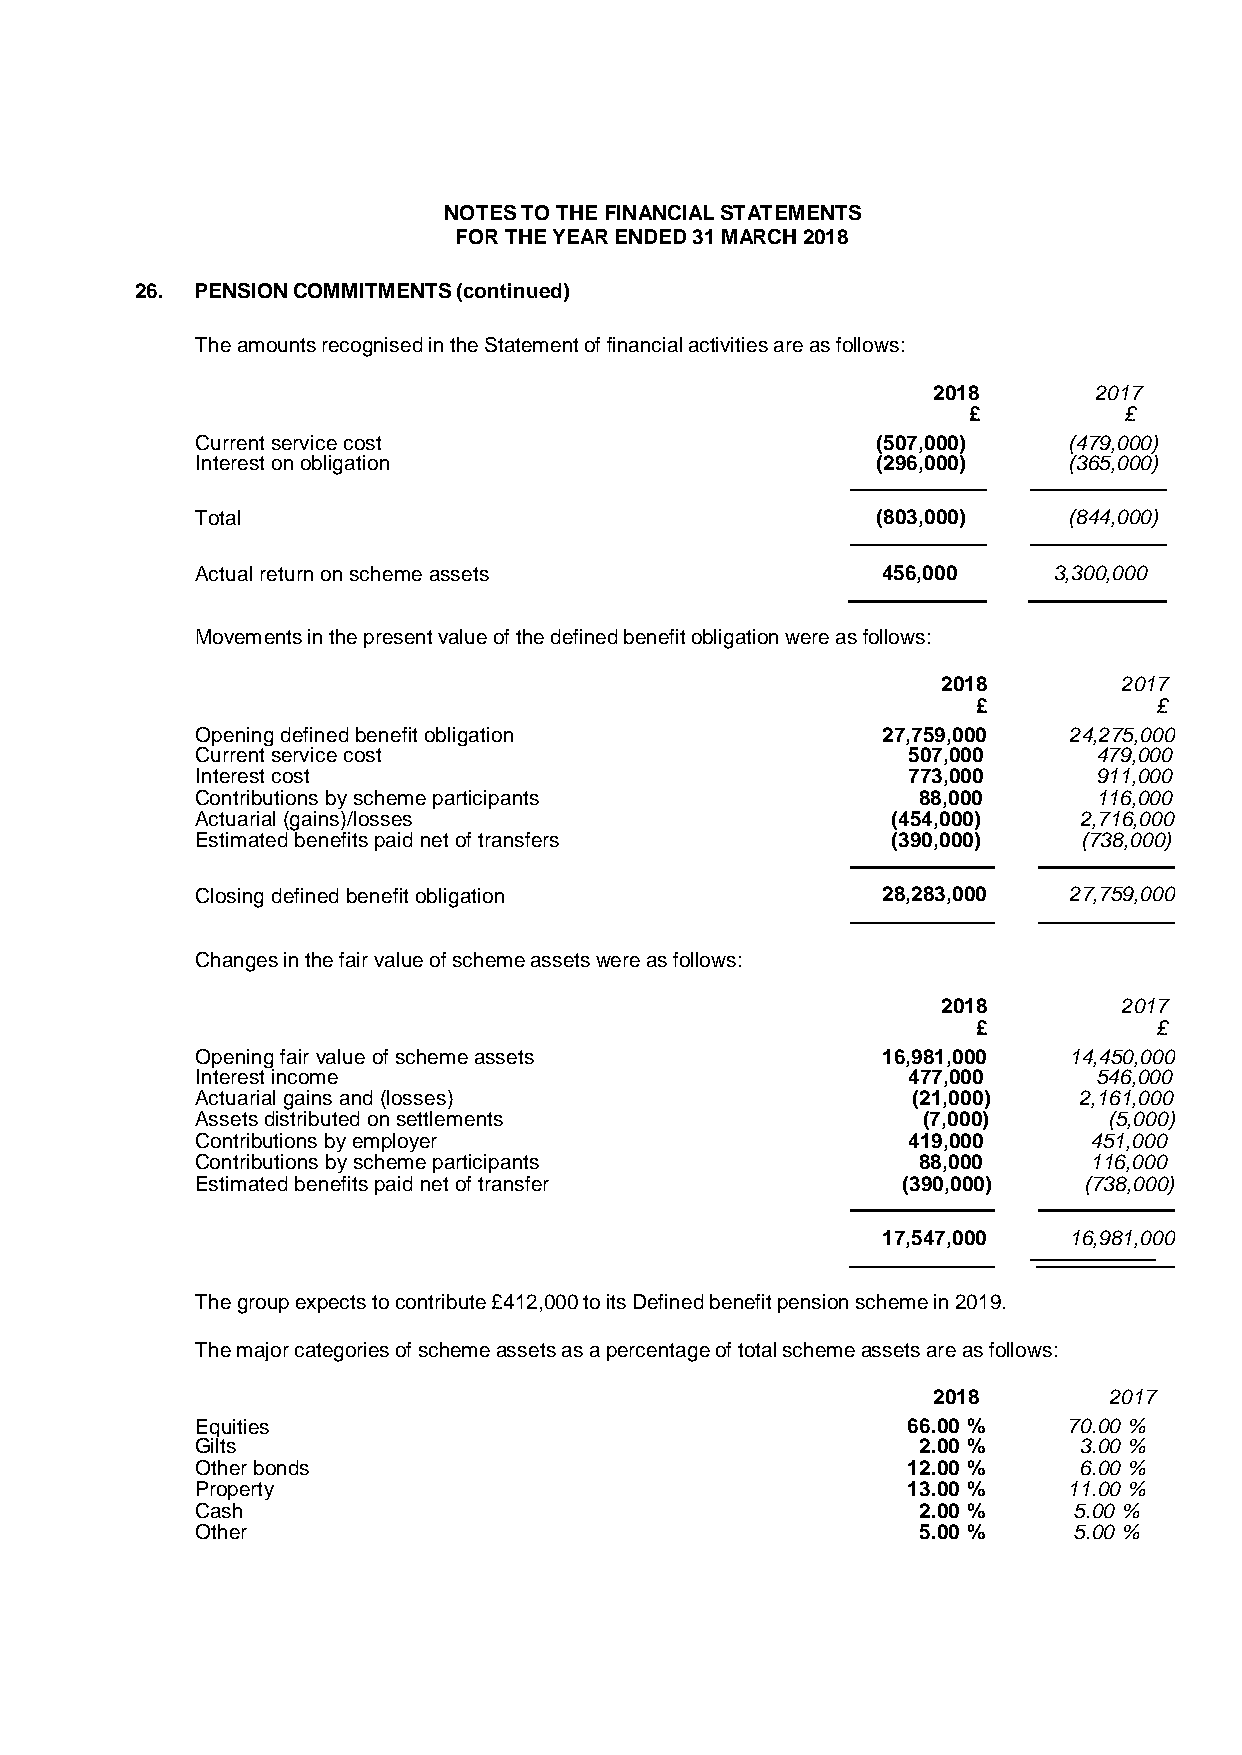
NOTES TO THE FINANCIAL STATEMENTS
 FOR THE YEAR ENDED 31 MARCH 2018
 26. PENSION COMMITMENTS (continued)
 The amounts recognised in the Statement of financial activities are as follows:
 2018      2017
 £         £
 Current service cost                         (507,000)    (479,000)
 Interest on obligation                       (296,000)    (365,000)
 Total                                        (803,000)    (844,000)
 Actual return on scheme assets               456,000     3,300,000
 Movements in the present value of the defined benefit obligation were as follows:
 2018        2017
 £           £
 Opening defined benefit obligation           27,759,000   24,275,000
 Current service cost                           507,000      479,000
 Interest cost                                  773,000      911,000
 Contributions by scheme participants            88,000      116,000
 Actuarial (gains)/losses                      (454,000)   2,716,000
 Estimated benefits paid net of transfers      (390,000)    (738,000)
 Closing defined benefit obligation           28,283,000   27,759,000
 Changes in the fair value of scheme assets were as follows:
 2018        2017
 £           £
 Opening fair value of scheme assets          16,981,000   14,450,000
 Interest income                                477,000      546,000
 Actuarial gains and (losses)                   (21,000)   2,161,000
 Assets distributed on settlements               (7,000)     (5,000)
 Contributions by employer                      419,000     451,000
 Contributions by scheme participants            88,000     116,000
 Estimated benefits paid net of transfer        (390,000)   (738,000)
 17,547,000   16,981,000
 The group expects to contribute £412,000 to its Defined benefit pension scheme in 2019.
 The major categories of scheme assets as a percentage of total scheme assets are as follows:
 2018       2017
 Equities                                       66.00 %    70.00 %
 Gilts                                           2.00 %    3.00 %
 Other bonds                                    12.00 %    6.00 %
 Property                                       13.00 %    11.00 %
 Cash                                            2.00 %    5.00 %
 Other                                           5.00 %    5.00 %